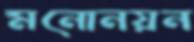
মনোনয়ন